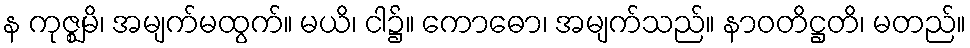
န ကုဇ္ဈမိ၊ အမျက်မထွက်။ မယိ၊ ငါ၌။ ကောဓော၊ အမျက်သည်။ နာဝတိဋ္ဌတိ၊ မတည်။